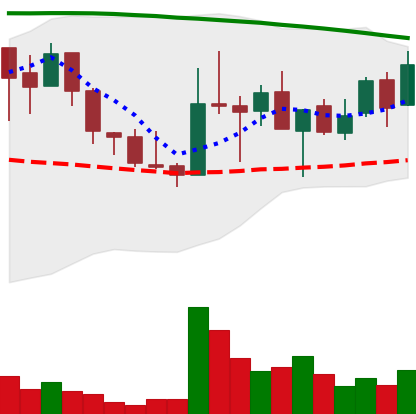
Ticker: LINK-USD
Chart end date: 2018-08-19
Forward return: 11.465%
Label: up_7plus